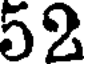
52